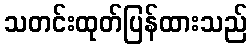
သတင်းထုတ်ပြန်ထားသည်